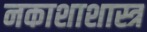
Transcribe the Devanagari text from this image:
नकाशाशास्त्र